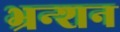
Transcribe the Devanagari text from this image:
भ्रन्शन